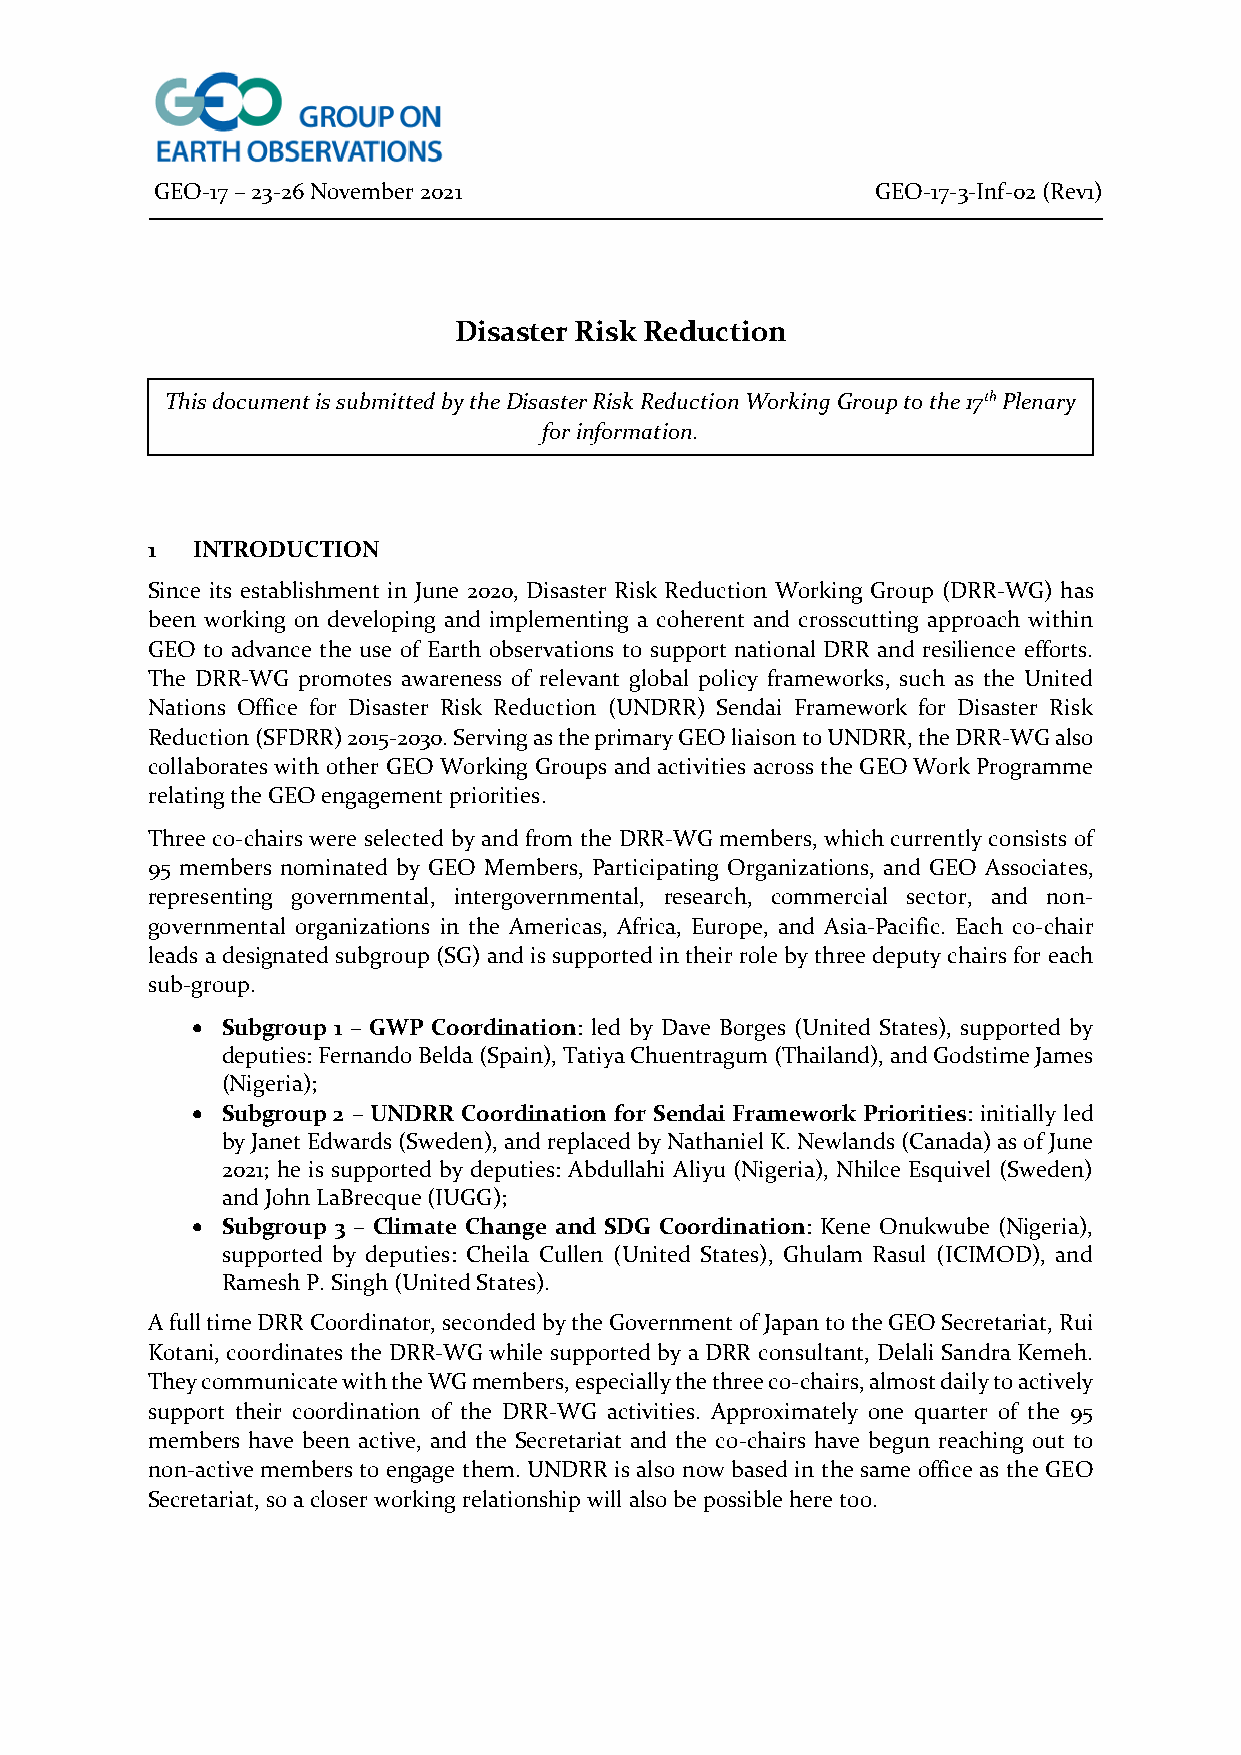
GEO-17 – 23-26 November 2021                    GEO-17-3-Inf-02 (Rev1)
 Disaster Risk Reduction
 This document is submitted by the Disaster Risk Reduction Working Group to the 17th Plenary
 for information.
 1  INTRODUCTION
 Since its establishment in June 2020, Disaster Risk Reduction Working Group (DRR-WG) has
 been working on developing and implementing a coherent and crosscutting approach within
 GEO to advance the use of Earth observations to support national DRR and resilience efforts.
 The DRR-WG promotes awareness of relevant global policy frameworks, such as the United
 Nations Office for Disaster Risk Reduction (UNDRR) Sendai Framework for Disaster Risk
 Reduction (SFDRR) 2015-2030. Serving as the primary GEO liaison to UNDRR, the DRR-WG also
 collaborates with other GEO Working Groups and activities across the GEO Work Programme
 relating the GEO engagement priorities.
 Three co-chairs were selected by and from the DRR-WG members, which currently consists of
 95 members nominated by GEO Members, Participating Organizations, and GEO Associates,
 representing governmental, intergovernmental, research, commercial sector, and non-
 governmental organizations in the Americas, Africa, Europe, and Asia-Pacific. Each co-chair
 leads a designated subgroup (SG) and is supported in their role by three deputy chairs for each
 sub-group.
 • Subgroup 1 – GWP Coordination: led by Dave Borges (United States), supported by
 deputies: Fernando Belda (Spain), Tatiya Chuentragum (Thailand), and Godstime James
 (Nigeria);
 • Subgroup 2 – UNDRR Coordination for Sendai Framework Priorities: initially led
 by Janet Edwards (Sweden), and replaced by Nathaniel K. Newlands (Canada) as of June
 2021; he is supported by deputies: Abdullahi Aliyu (Nigeria), Nhilce Esquivel (Sweden)
 and John LaBrecque (IUGG);
 • Subgroup 3 – Climate Change and SDG Coordination: Kene Onukwube (Nigeria),
 supported by deputies: Cheila Cullen (United States), Ghulam Rasul (ICIMOD), and
 Ramesh P. Singh (United States).
 A full time DRR Coordinator, seconded by the Government of Japan to the GEO Secretariat, Rui
 Kotani, coordinates the DRR-WG while supported by a DRR consultant, Delali Sandra Kemeh.
 They communicate with the WG members, especially the three co-chairs, almost daily to actively
 support their coordination of the DRR-WG activities. Approximately one quarter of the 95
 members have been active, and the Secretariat and the co-chairs have begun reaching out to
 non-active members to engage them. UNDRR is also now based in the same office as the GEO
 Secretariat, so a closer working relationship will also be possible here too.